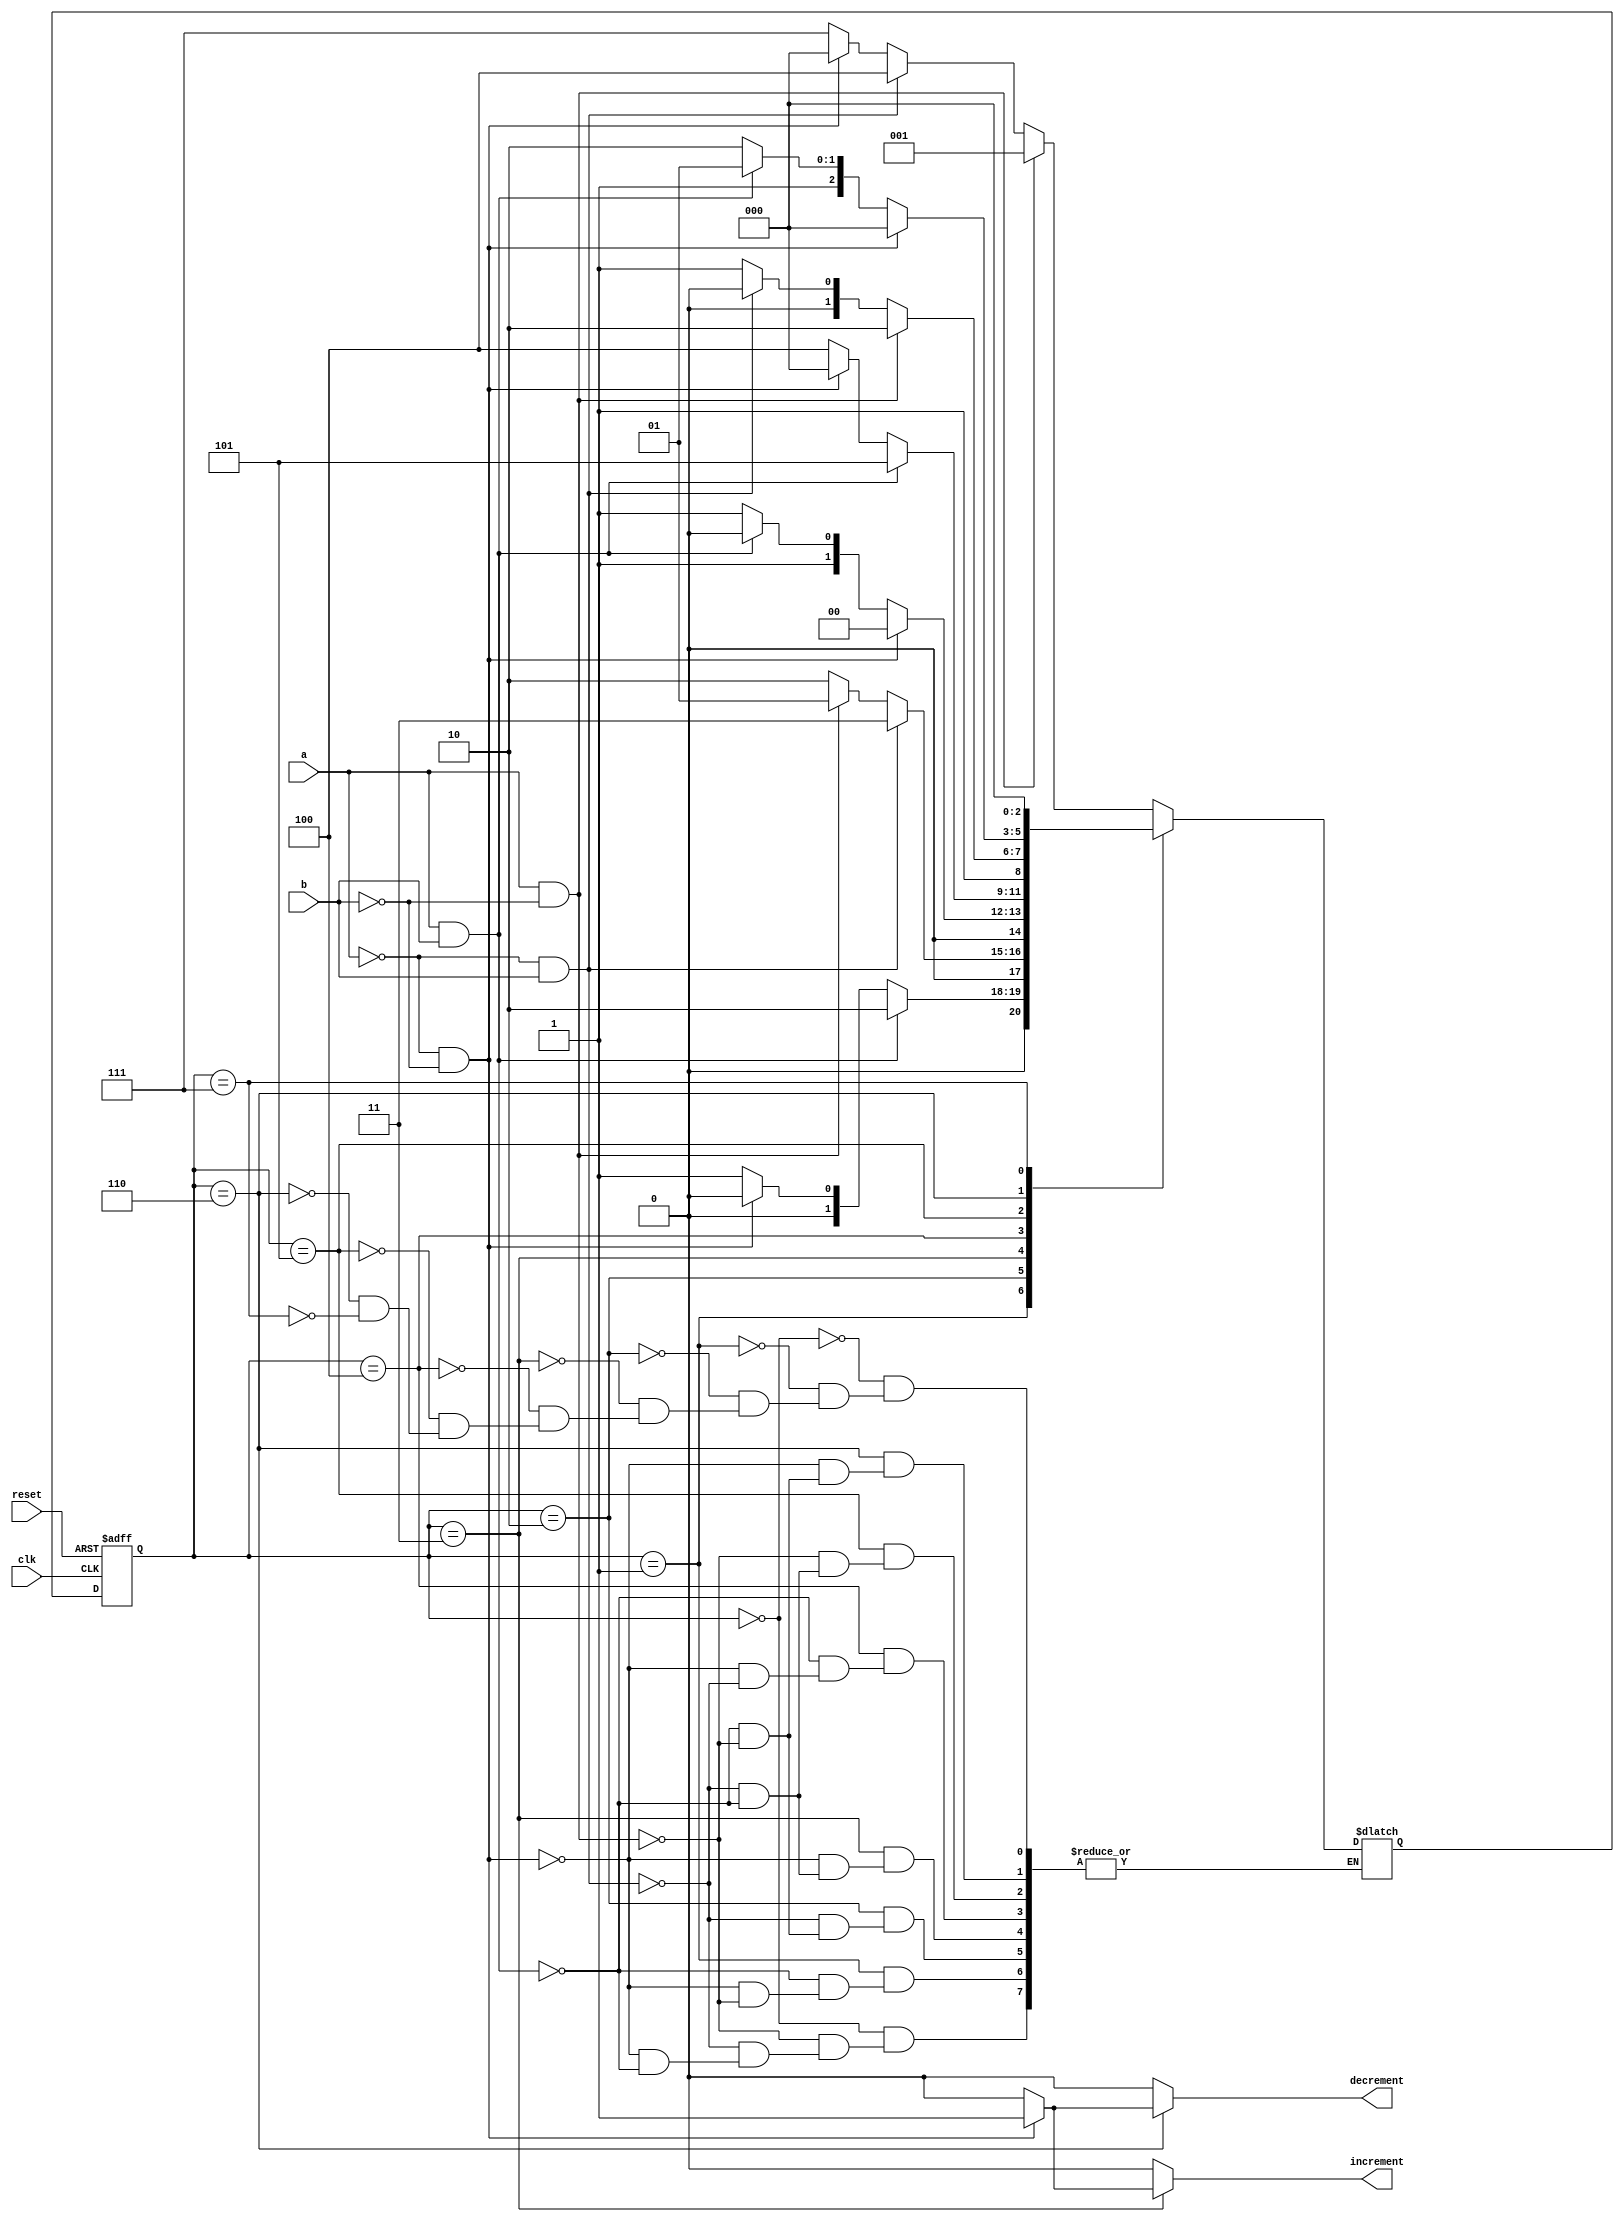
`timescale 1ns / 1ps
//////////////////////////////////////////////////////////////////////////////////
// Company: 
// Engineer: 
// 
// Design Name: 
// Module Name:    ParkingFinal 
// Project Name: 
// Target Devices: 
// Tool versions: 
// Description: 
//
// Dependencies: 
//
// Revision: 
// Revision 0.01 - File Created
// Additional Comments: 
//
//////////////////////////////////////////////////////////////////////////////////
 module ParkingFinal(
    input a,
    input b,
    input clk,
    input reset,
    output reg increment,
    output reg decrement
    );

 localparam [2:0]
			idle = 3'b000,
			s1 = 3'b001,
			s2 = 3'b010,
			s3 = 3'b011,
			s4 = 3'b100,
			s5 = 3'b101,
			s6 = 3'b110,
			invalid =3'b111;
			//Internal Registers as Temp variabls
			reg[2:0] state_reg,state_next;
			initial begin
			state_reg = 0;			//Initializing state_reg to zero
			state_next = 0;
			end
				// STATE_REGESTER
			always@(posedge clk, posedge reset)
				begin
				if (reset)
					state_reg <= idle;
				else
					state_reg <= state_next;
				end
				
				//NEXT_STATE LOGIC AND OUTPUT
				
				always@*
				begin
					increment <= 0 ; // default value for inc going to the clock is 0 unless triggered
					decrement <= 0 ; // default value for dec going to the clock is 0 unless triggered
					
					case(state_reg)
		         //initial state 
						idle:
							if(a&~b) // car entering
								state_next <= s1;
							else if (~a&b) //care exiting
								state_next <= s4;
							else if (~a&~b) //No car
								state_next<=idle;
			// if both sensors are triggered at the same time without having a car entring or leaving
			// Impossible to happen but it's for the safety of the system.
							else if (a&b) 
								state_next <= invalid;
						s1:
							if(a&b) // a car half way through entring the parking structure.
								state_next <= s2;
							else if(~a&~b) // if a car enters and then back off 
								state_next <= idle;
							else if (a&~b) // car enters but not moving or moving slowly 
								state_next<=s1;
						s2:
							if(~a&b) // car is alomost entering
								state_next <= s3;
							else if(a&~b)
								state_next <= s1; // backing off!!
							else if(a&b)
								state_next <= s2; //not moving!!
						s3:
							if(~a&~b) // car entered!!
								begin
									increment <= 1; // incrementing the number of cars in the parking structure.
									state_next <= idle; // starting all over again
								end
							else if(a&b)	// the car is backing off and it is in the middle 
								state_next <= s2;
							else if (~a&b) // the car not moving.!!
								state_next <= s3;
						
						s4:
							if(a&b) // the car is half way through leving 
								state_next <= s5;
							else if(~a&~b) // the car is backing off and going back the parking structure!!
								state_next <= idle;
							else if (~a&b) // The car not maving!! it triggered sensor b and stopped moving
								state_next <= s4;
						s5:
							if(a&~b) // The car is almost leaving the parking structure
								state_next <= s6;
							else if(~a&b) //The car is backing off!!
								state_next <= s4;
							else if (a&b) // The car is half way through leaving but stopped moving
								state_next <= s5;
								
						s6:
							if(~a&~b) // the car left the parking structure!!
							begin
								decrement <= 1 ;
								state_next<=idle;
							end
							else if(a&b) // going back to the parking structure
								state_next <= s5;
							else if(a&~b) // The car is triggering sensor "a" on the way leaving the parking 
							             //but did not leave.Stopped!!
								state_next <= s6;						
								invalid:
							state_next<=idle;
					endcase
				end
		 endmodule